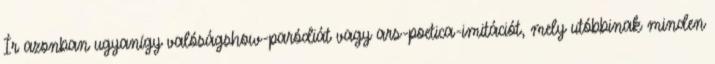
Ír azonban ugyanígy valóságshow-paródiát vagy ars-poetica-imitációt, mely utóbbinak minden